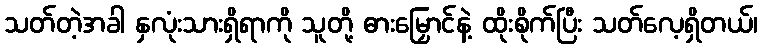
သတ်တဲ့အခါ နှလုံးသားရှိရာကို သူတို့ ဓားမြှောင်နဲ့ ထိုးစိုက်ပြီး သတ်လေ့ရှိတယ်၊